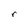
Character: r